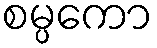
စမ္ပကော